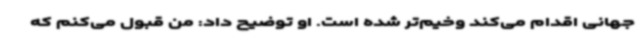
جهانی اقدام می‌کند وخیم‌تر شده است. او توضیح داد: من قبول می‌کنم که